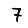
Digit: 7